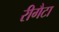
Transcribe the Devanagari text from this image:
रीगैटा